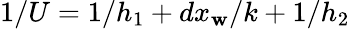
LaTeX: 1/U=1/h_{1}+dx_{\mathbf{w}}/k+1/h_{2}